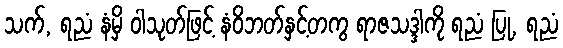
သက်, ရညံ နံမှိ ဝါသုတ်ဖြင့် နံဝိဘတ်နှင့်တကွ ရာဇသဒ္ဒါကို ရညံ ပြု, ရညံ